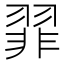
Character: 𫅪